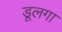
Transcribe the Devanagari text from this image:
डूलगा